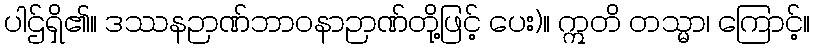
ပါဌ်ရှိ၏။ ဒဿနဉာဏ်ဘာဝနာဉာဏ်တို့ဖြင့် ပေး)။ ဣတိ တသ္မာ၊ ကြောင့်။